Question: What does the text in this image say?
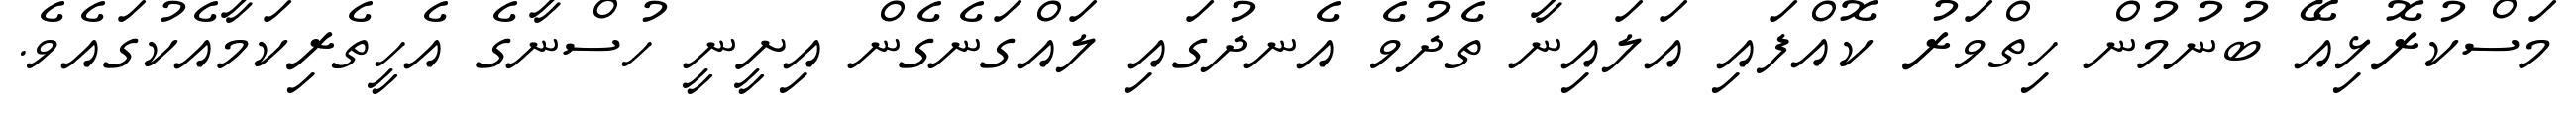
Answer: މަސްކުރޮޅިއޭ ބުނުމުން ހިތްވަރު ކޮއްފައި އަލައިނާ ތެދުވެ އެނދުގައި ލައްގަނެގެން އިށީނީ ހުސްނާގެ އެހީތެރިކަމާއެކުގައެވެ.